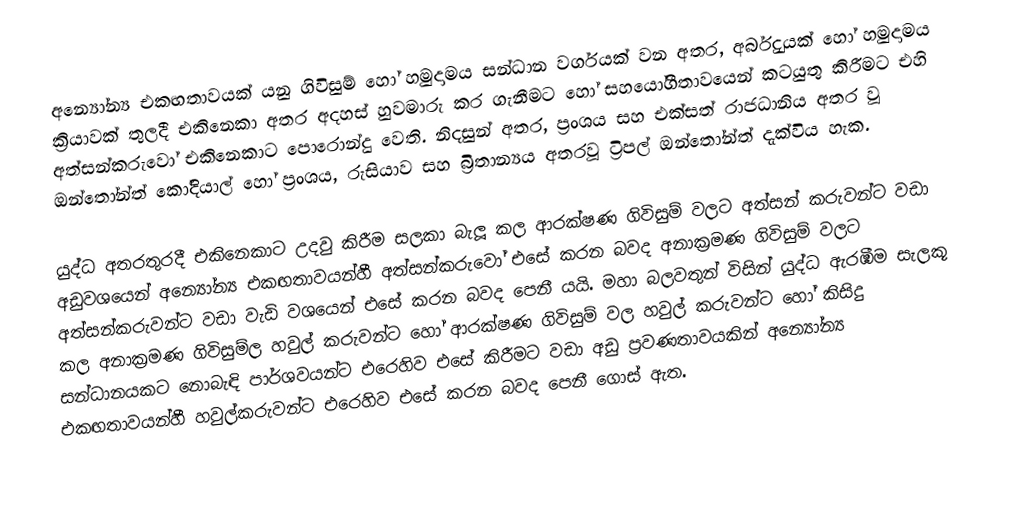
අන්‍යෝන්‍ය එකඟතාවයක් යනු ගිවිසුම් හෝ හමුදාමය සන්ධාන වර්ගයක් වන අතර, අර්බුදයක් හෝ හමුදාමය ක්‍රියාවක් තුලදී එකිනෙකා අතර අදහස් හුවමාරු කර ගැනීමට හෝ සහයෝගීතාවයෙන් කටයුතු කිරීමට එහි අත්සන්කරුවෝ එකිනෙකාට පොරොන්දු වෙති. නිදසුන් අතර, ප්‍රංශය සහ එක්සත් රාජධානිය අතර වූ ඔන්තෝන්ත් කෝදියාල් හෝ ප්‍රංශය, රුසියාව සහ බ්‍රිතාන්‍යය අතරවූ ට්‍රිපල් ඔන්තෝන්ත් දැක්විය හැක.

යුද්ධ අතරතුරදී එකිනෙකාට උදවු කිරීම සලකා බැලූ කල ආරක්ෂණ ගිවිසුම් වලට අත්සන් කරුවන්ට වඩා අඩුවශයෙන් අන්‍යෝන්‍ය එකඟතාවයන්හී අත්සන්කරුවෝ එසේ කරන බවද    අනාක්‍රමණ ගිවිසුම් වලට අත්සන්කරුවන්ට වඩා වැඩි වශයෙන් එසේ කරන බවද පෙනී යයි. මහා බලවතුන් විසින් යුද්ධ ඇරඹීම සැලකූ කල අනාක්‍රමණ  ගිවිසුම්ල හවුල් කරුවන්ට හෝ ආරක්ෂණ ගිවිසුම් වල හවුල් කරුවන්ට හෝ කිසිදු සන්ධානයකට නොබැඳි පාර්ශවයන්ට එරෙහිව එසේ කිරීමට වඩා අඩු ප්‍රවණතාවයකින් අන්‍යෝන්‍ය එකඟතාවයන්හී හවුල්කරුවන්ට එරෙහිව එසේ කරන බවද පෙනී ගොස් ඇත.